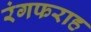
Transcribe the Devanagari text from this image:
रंगफराह